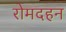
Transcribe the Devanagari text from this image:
रोमदहन